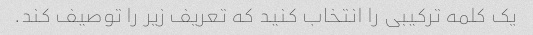
یک کلمه ترکیبی را انتخاب کنید که تعریف زیر را توصیف کند.